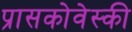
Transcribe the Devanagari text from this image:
प्रासकोवेस्की